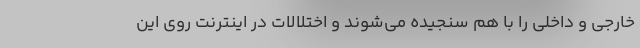
خارجی و داخلی را با هم سنجیده می‌شوند و اختلالات در اینترنت روی این